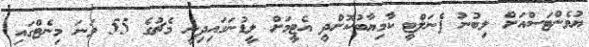
ޔުވެންޓަސްއަށް ލިބުނު ޕެނަލްޓީ ކާމިޔާބުކޮށްދީ އެޓީމަށް ލީޑުނަގައިދިނީ މެޗުގެ 55 ވަނަ މިނެޓްގައި